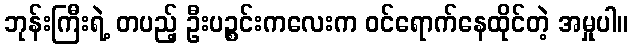
ဘုန်းကြီးရဲ့ တပည့် ဦးပဉ္စင်းကလေးက ဝင်ရောက်နေထိုင်တဲ့ အမှုပါ။